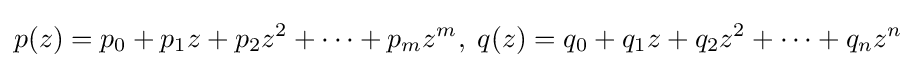
p(z)=p_{0}+p_{1}z+p_{2}z^{2}+\cdots +p_{m}z^{m},\;q(z)=q_{0}+q_{1}z+q_{2}z^{2}+\cdots +q_{n}z^{n}